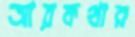
আরকথার